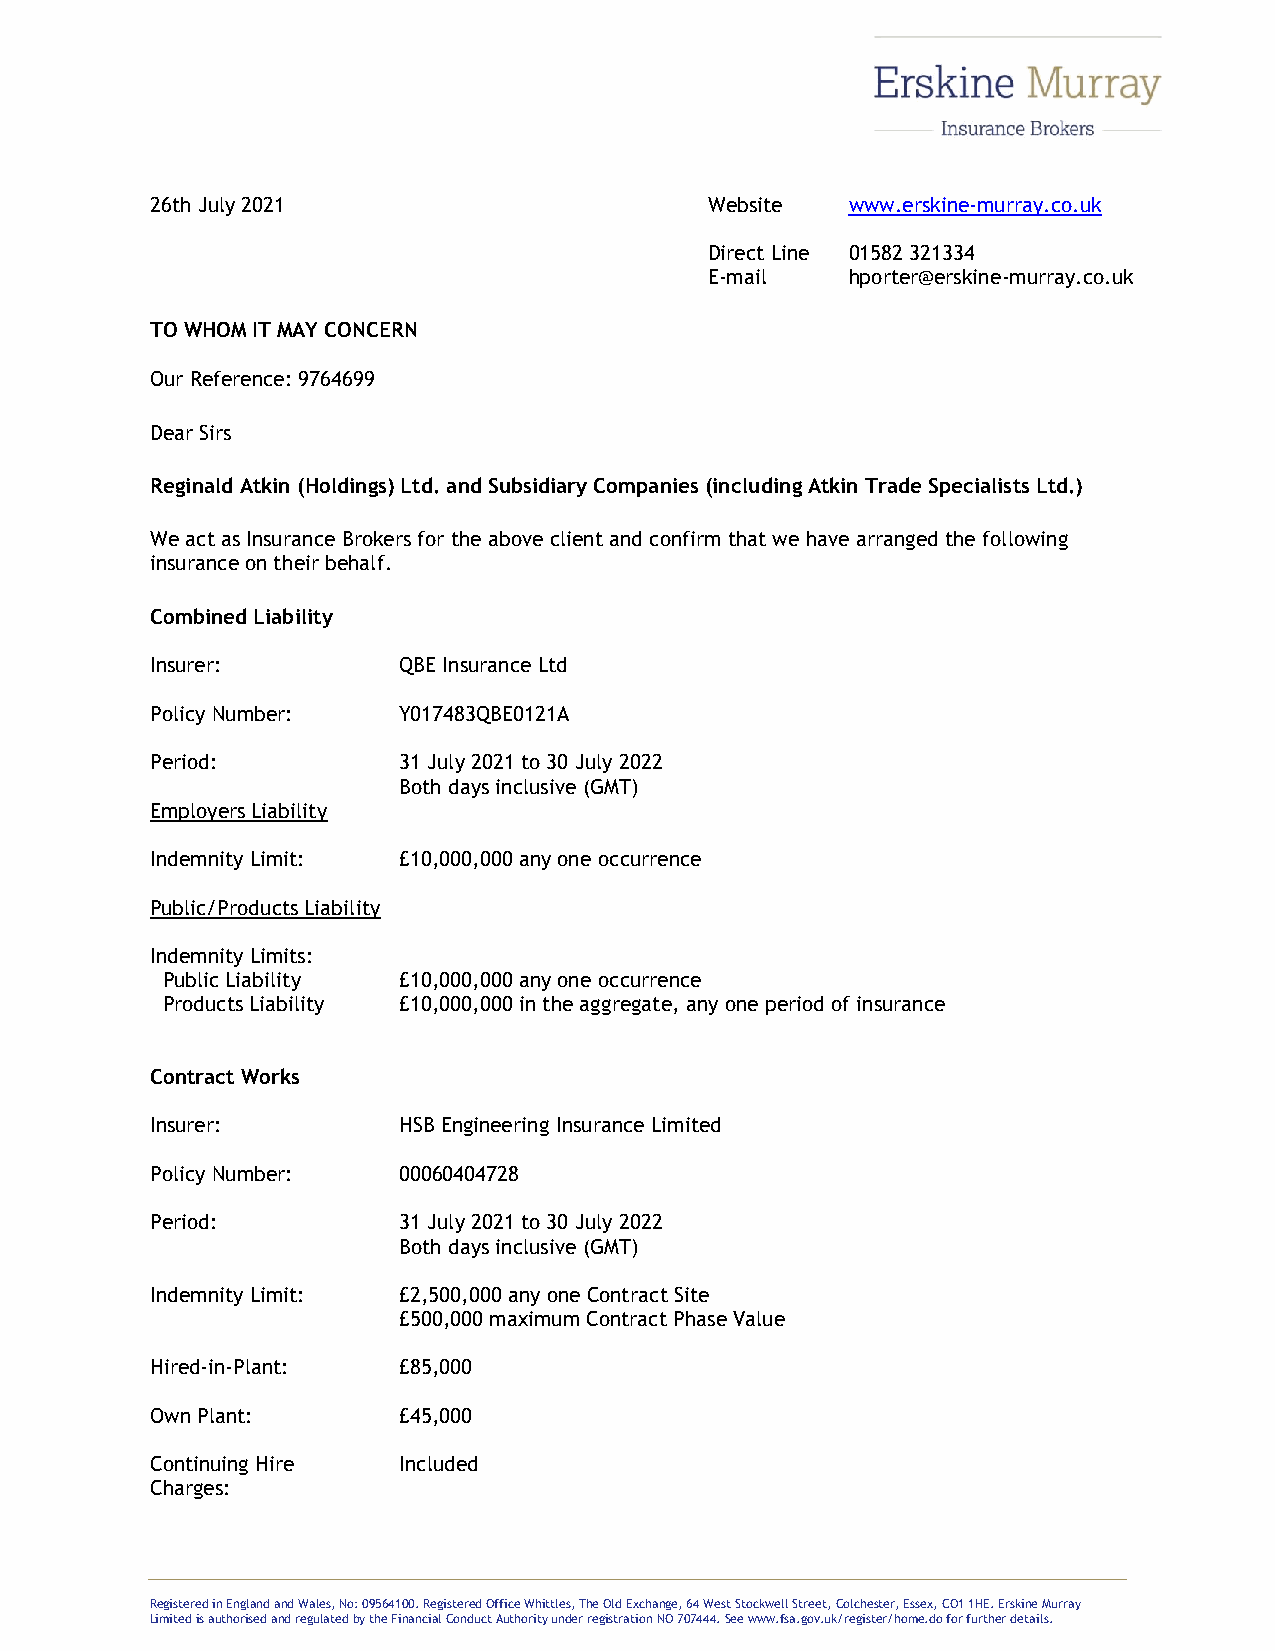
26th July 2021                       Website  www.erskine-murray.co.uk
 Direct Line 01582 321334
 E-mail   hporter@erskine-murray.co.uk
 TO WHOM IT MAY CONCERN
 Our Reference: 9764699
 Dear Sirs
 Reginald Atkin (Holdings) Ltd. and Subsidiary Companies (including Atkin Trade Specialists Ltd.)
 We act as Insurance Brokers for the above client and confirm that we have arranged the following
 insurance on their behalf.
 Combined Liability
 Insurer:        QBE Insurance Ltd
 Policy Number:  Y017483QBE0121A
 Period:         31 July 2021 to 30 July 2022
 Both days inclusive (GMT)
 Employers Liability
 Indemnity Limit: £10,000,000 any one occurrence
 Public/Products Liability
 Indemnity Limits:
 Public Liability £10,000,000 any one occurrence
 Products Liability £10,000,000 in the aggregate, any one period of insurance
 Contract Works
 Insurer:        HSB Engineering Insurance Limited
 Policy Number:  00060404728
 Period:         31 July 2021 to 30 July 2022
 Both days inclusive (GMT)
 Indemnity Limit: £2,500,000 any one Contract Site
 £500,000 maximum Contract Phase Value
 Hired-in-Plant: £85,000
 Own Plant:      £45,000
 Continuing Hire Included
 Charges:
 Registered in England and Wales, No: 09564100. Registered Office Whittles, The Old Exchange, 64 West Stockwell Street, Colchester, Essex, CO1 1HE. Erskine Murray
 Limited is authorised and regulated by the Financial Conduct Authority under registration NO 707444. See www.fsa.gov.uk/register/home.do for further details.